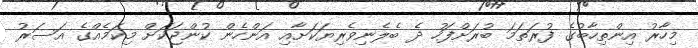
މިހާރު އިންތިހާބުގެ ފުރަތަމަ ބުރަށްފަހު ދެ ބެލެނިވެރިޔަކަށާއި އަންހެން ކުންޖަކަށް މިކަމެއްގެ އަސަރު